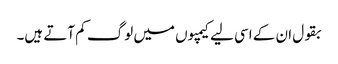
بقول ان کے اسی لیے کیمپوں میں لوگ کم آتے ہیں۔